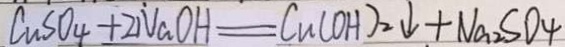
C u S O _ { 4 } + 2 N a O H = C u ( O H ) _ { 2 } \downarrow + N a _ { 2 } S O _ { 4 }